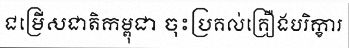
ជម្រើសជាតិកម្ពុជា ចុះប្រគល់គ្រឿងបរិក្ខារ